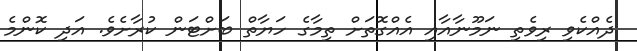
ދެއްކެވި ރިވެތި ނަމޫނާއާއި އެއްގޮތަށް ތިމާގެ ހަޔާތް ބަށްޓަން ކުރާށެވެ. އަދި ކޮންމެ